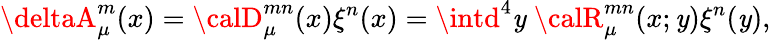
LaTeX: \deltaA_{\mu}^{m}(x)={\calD}_{\mu}^{mn}(x)\xi^{n}(x)=\intd^{4}\mathit{y}\; {\calR}_{\mu}^{mn}(x;\mathit{y})\xi^{n}(\mathit{y}),